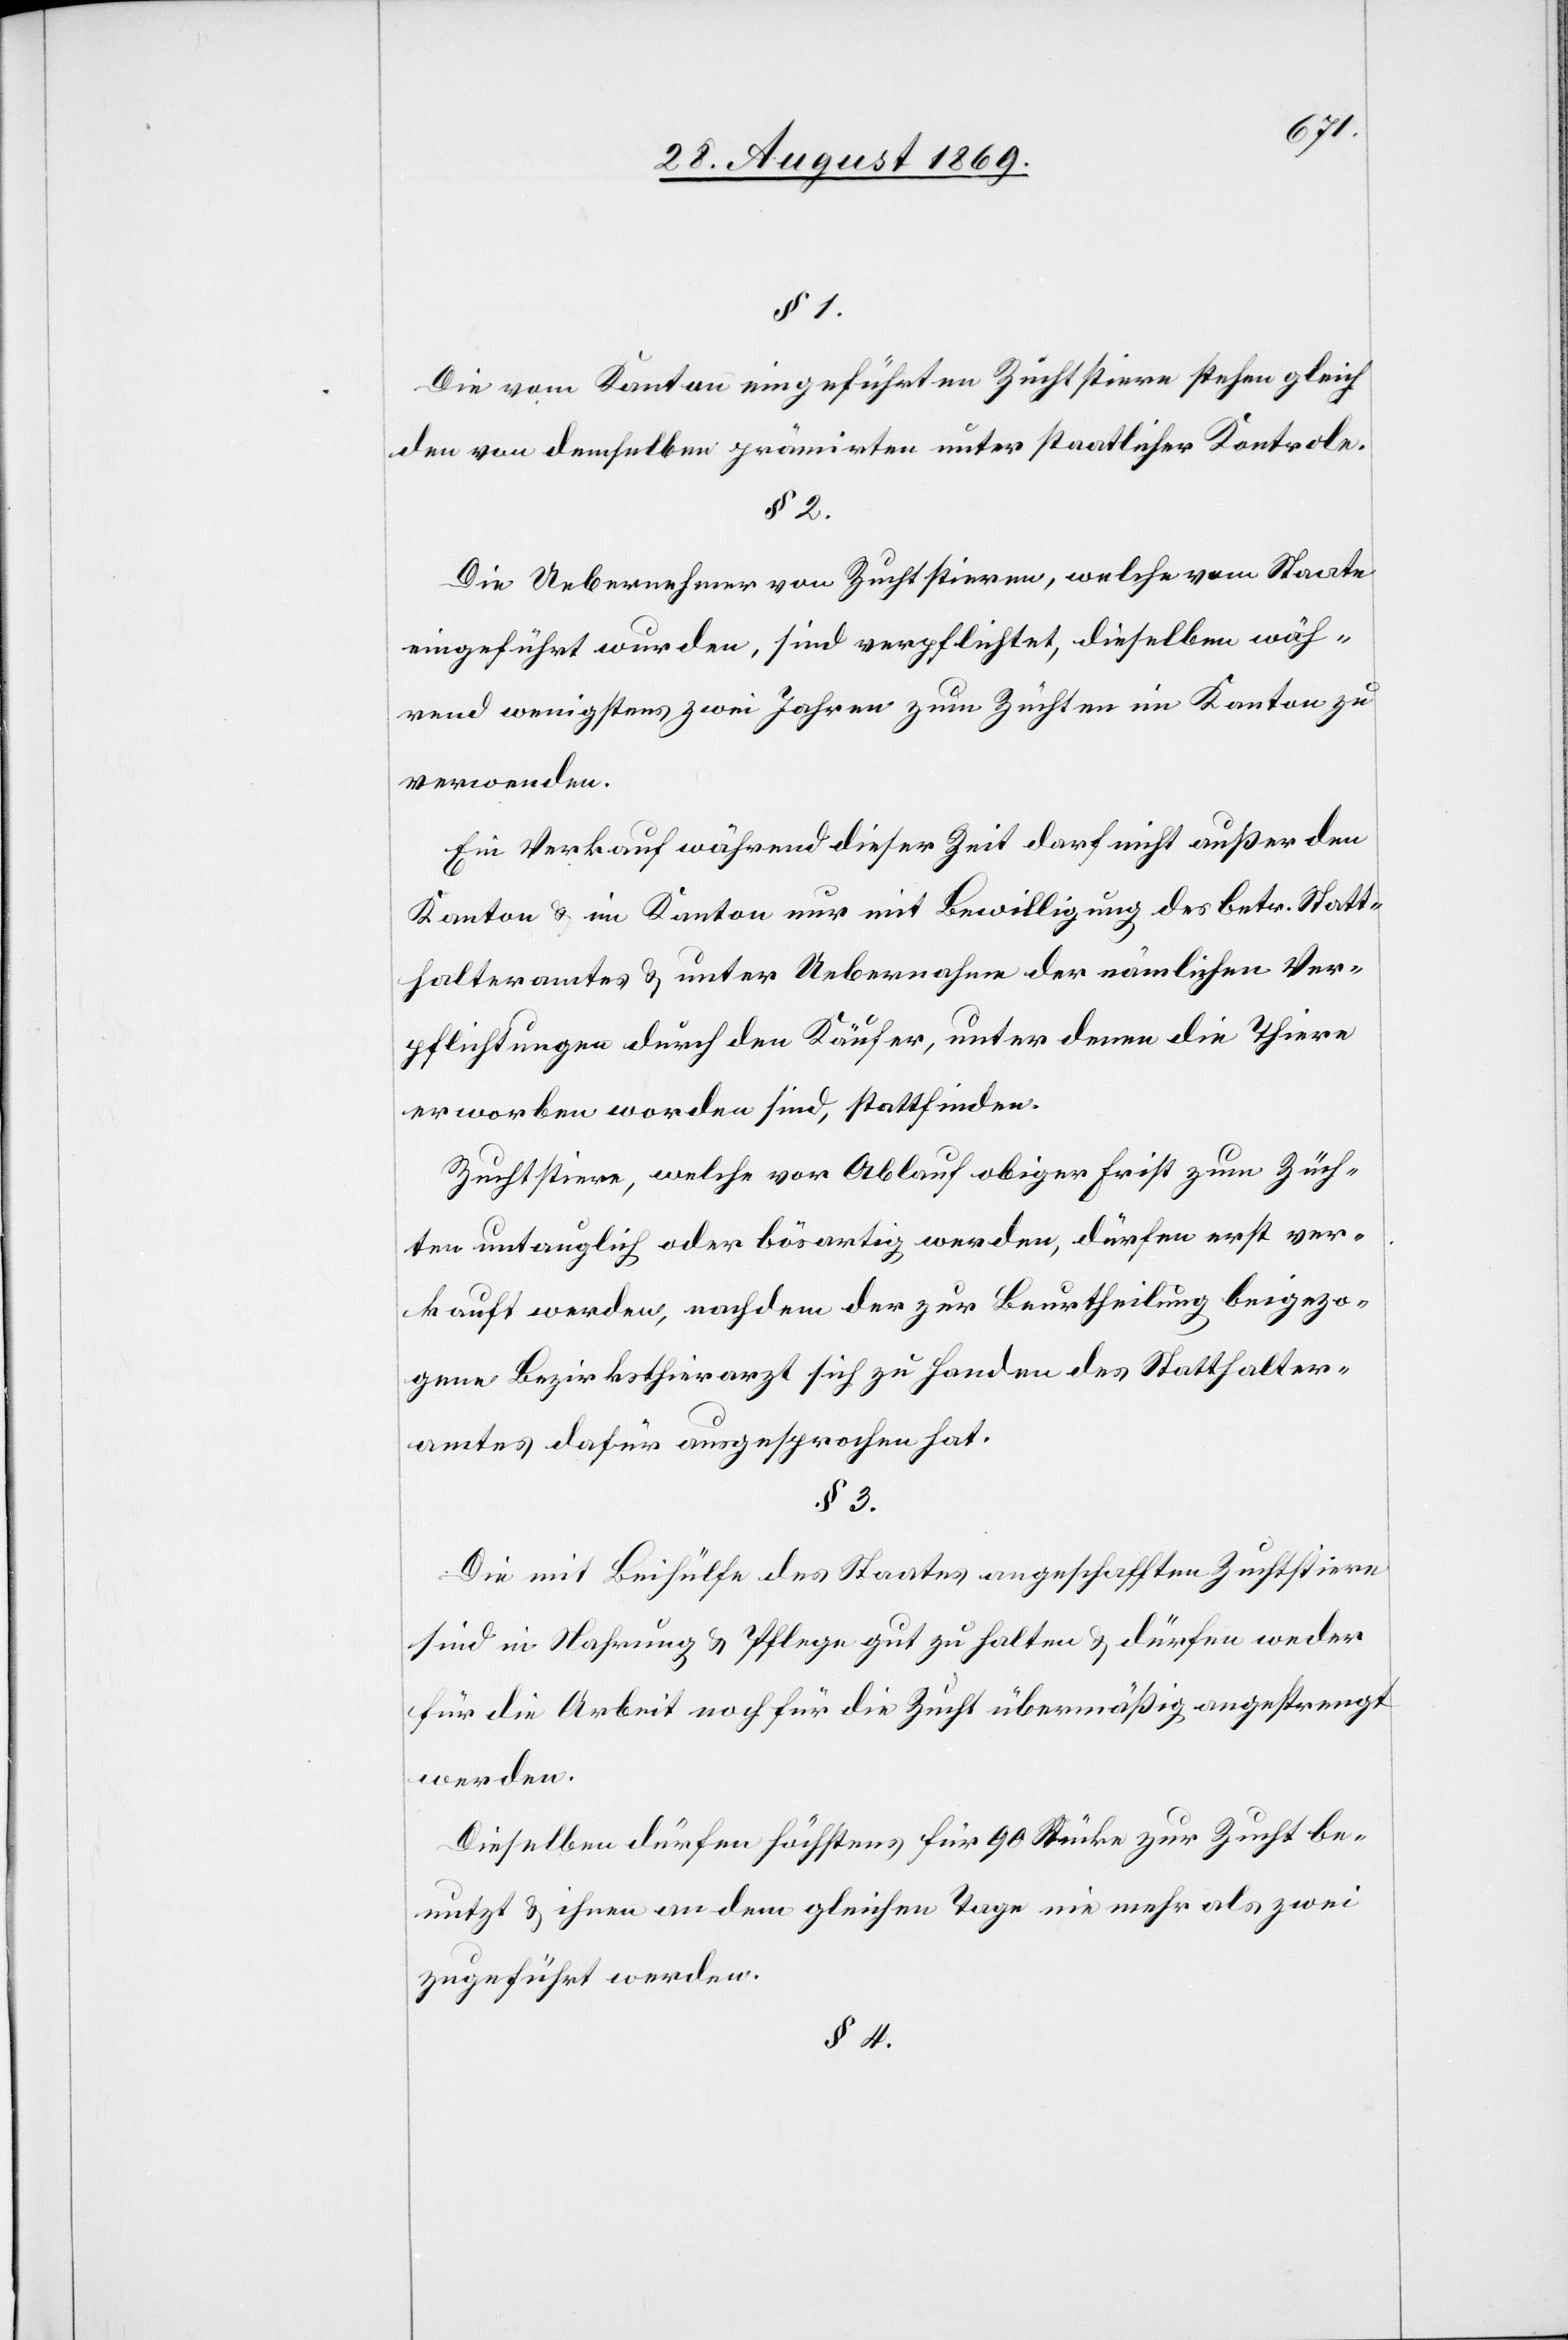
§ 1.
Die vom Kanton eingeführten Zuchtstiere stehen gleich
den von demselben prämirten unter staatlicher Kontrole.
§ 2.
Die Uebernehmer von Zuchtstieren, welche vom Staate
eingeführt wurden, sind verpflichtet, dieselben wäh¬
rend wenigstens zwei Jahren zum Züchten im Kanton zu
verwenden.
Ein Verkauf während dieser Zeit darf nicht außer den
Kanton & im Kanton nur mit Bewilligung des betr. Statt¬
halteramtes & unter Uebernahme der nämlichen Ver¬
pflichtungen durch den Käufer, unter denen die Thiere
erworben worden sind, stattfinden.
Zuchtstiere, welche vor Ablauf obiger Frist zum Züch¬
ten untauglich oder bösartig werden, dürfen erst ver¬
kauft werden, nachdem der zur Beurtheilung beigezo¬
gene Bezirksthierarzt sich zu Handen des Statthalter¬
amtes dafür ausgesprochen hat.
§ 3.
Die mit Beihülfe des Staates angeschafften Zuchtstiere
sind in Nahrung & Pflege gut zu halten & dürfen weder
für die Arbeit noch für die Zucht übermäßig angestrengt
werden.
Dieselben dürfen höchstens für 90 Stücke zur Zucht be¬
nutzt & ihnen an dem gleichen Tage nie mehr als zwei
zugeführt werden.
§ 4.